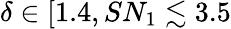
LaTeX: \delta\in[1.4,SN_{1}\lesssim 3.5